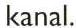
kanal.